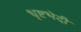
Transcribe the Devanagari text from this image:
धृष्टभेदी